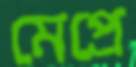
মেপ্রে